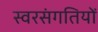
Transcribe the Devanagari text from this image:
स्वरसंगतियों